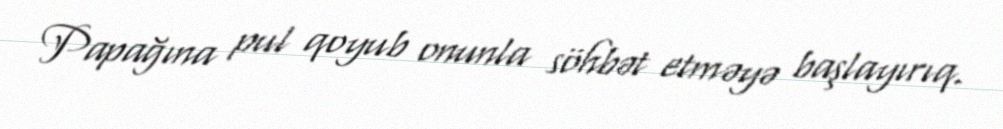
Papağına pul qoyub onunla söhbət etməyə başlayırıq.